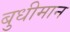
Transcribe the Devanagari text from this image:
बुधीमान